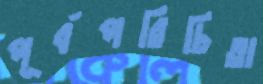
পূর্বপরিচিতা